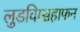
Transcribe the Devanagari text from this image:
लुडविग्सहाफन